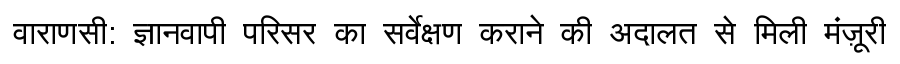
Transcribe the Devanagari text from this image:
वाराणसी: ज्ञानवापी परिसर का सर्वेक्षण कराने की अदालत से मिली मंज़ूरी